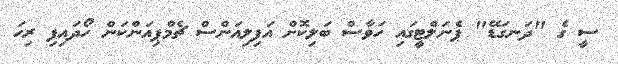
ސީ ގެ "ދަނގަޑޭ" ޕެނަލްޓީގައި ހަވާސް ބަލިކޮށް އަފިލިއަންސް ޗެމްޕިއަންކަން ހޯދައިފި ރިހަ